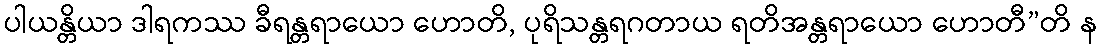
ပါယန္တိယာ ဒါရကဿ ခီရန္တရာယော ဟောတိ, ပုရိသန္တရဂတာယ ရတိအန္တရာယော ဟောတီ”တိ န